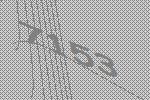
7153